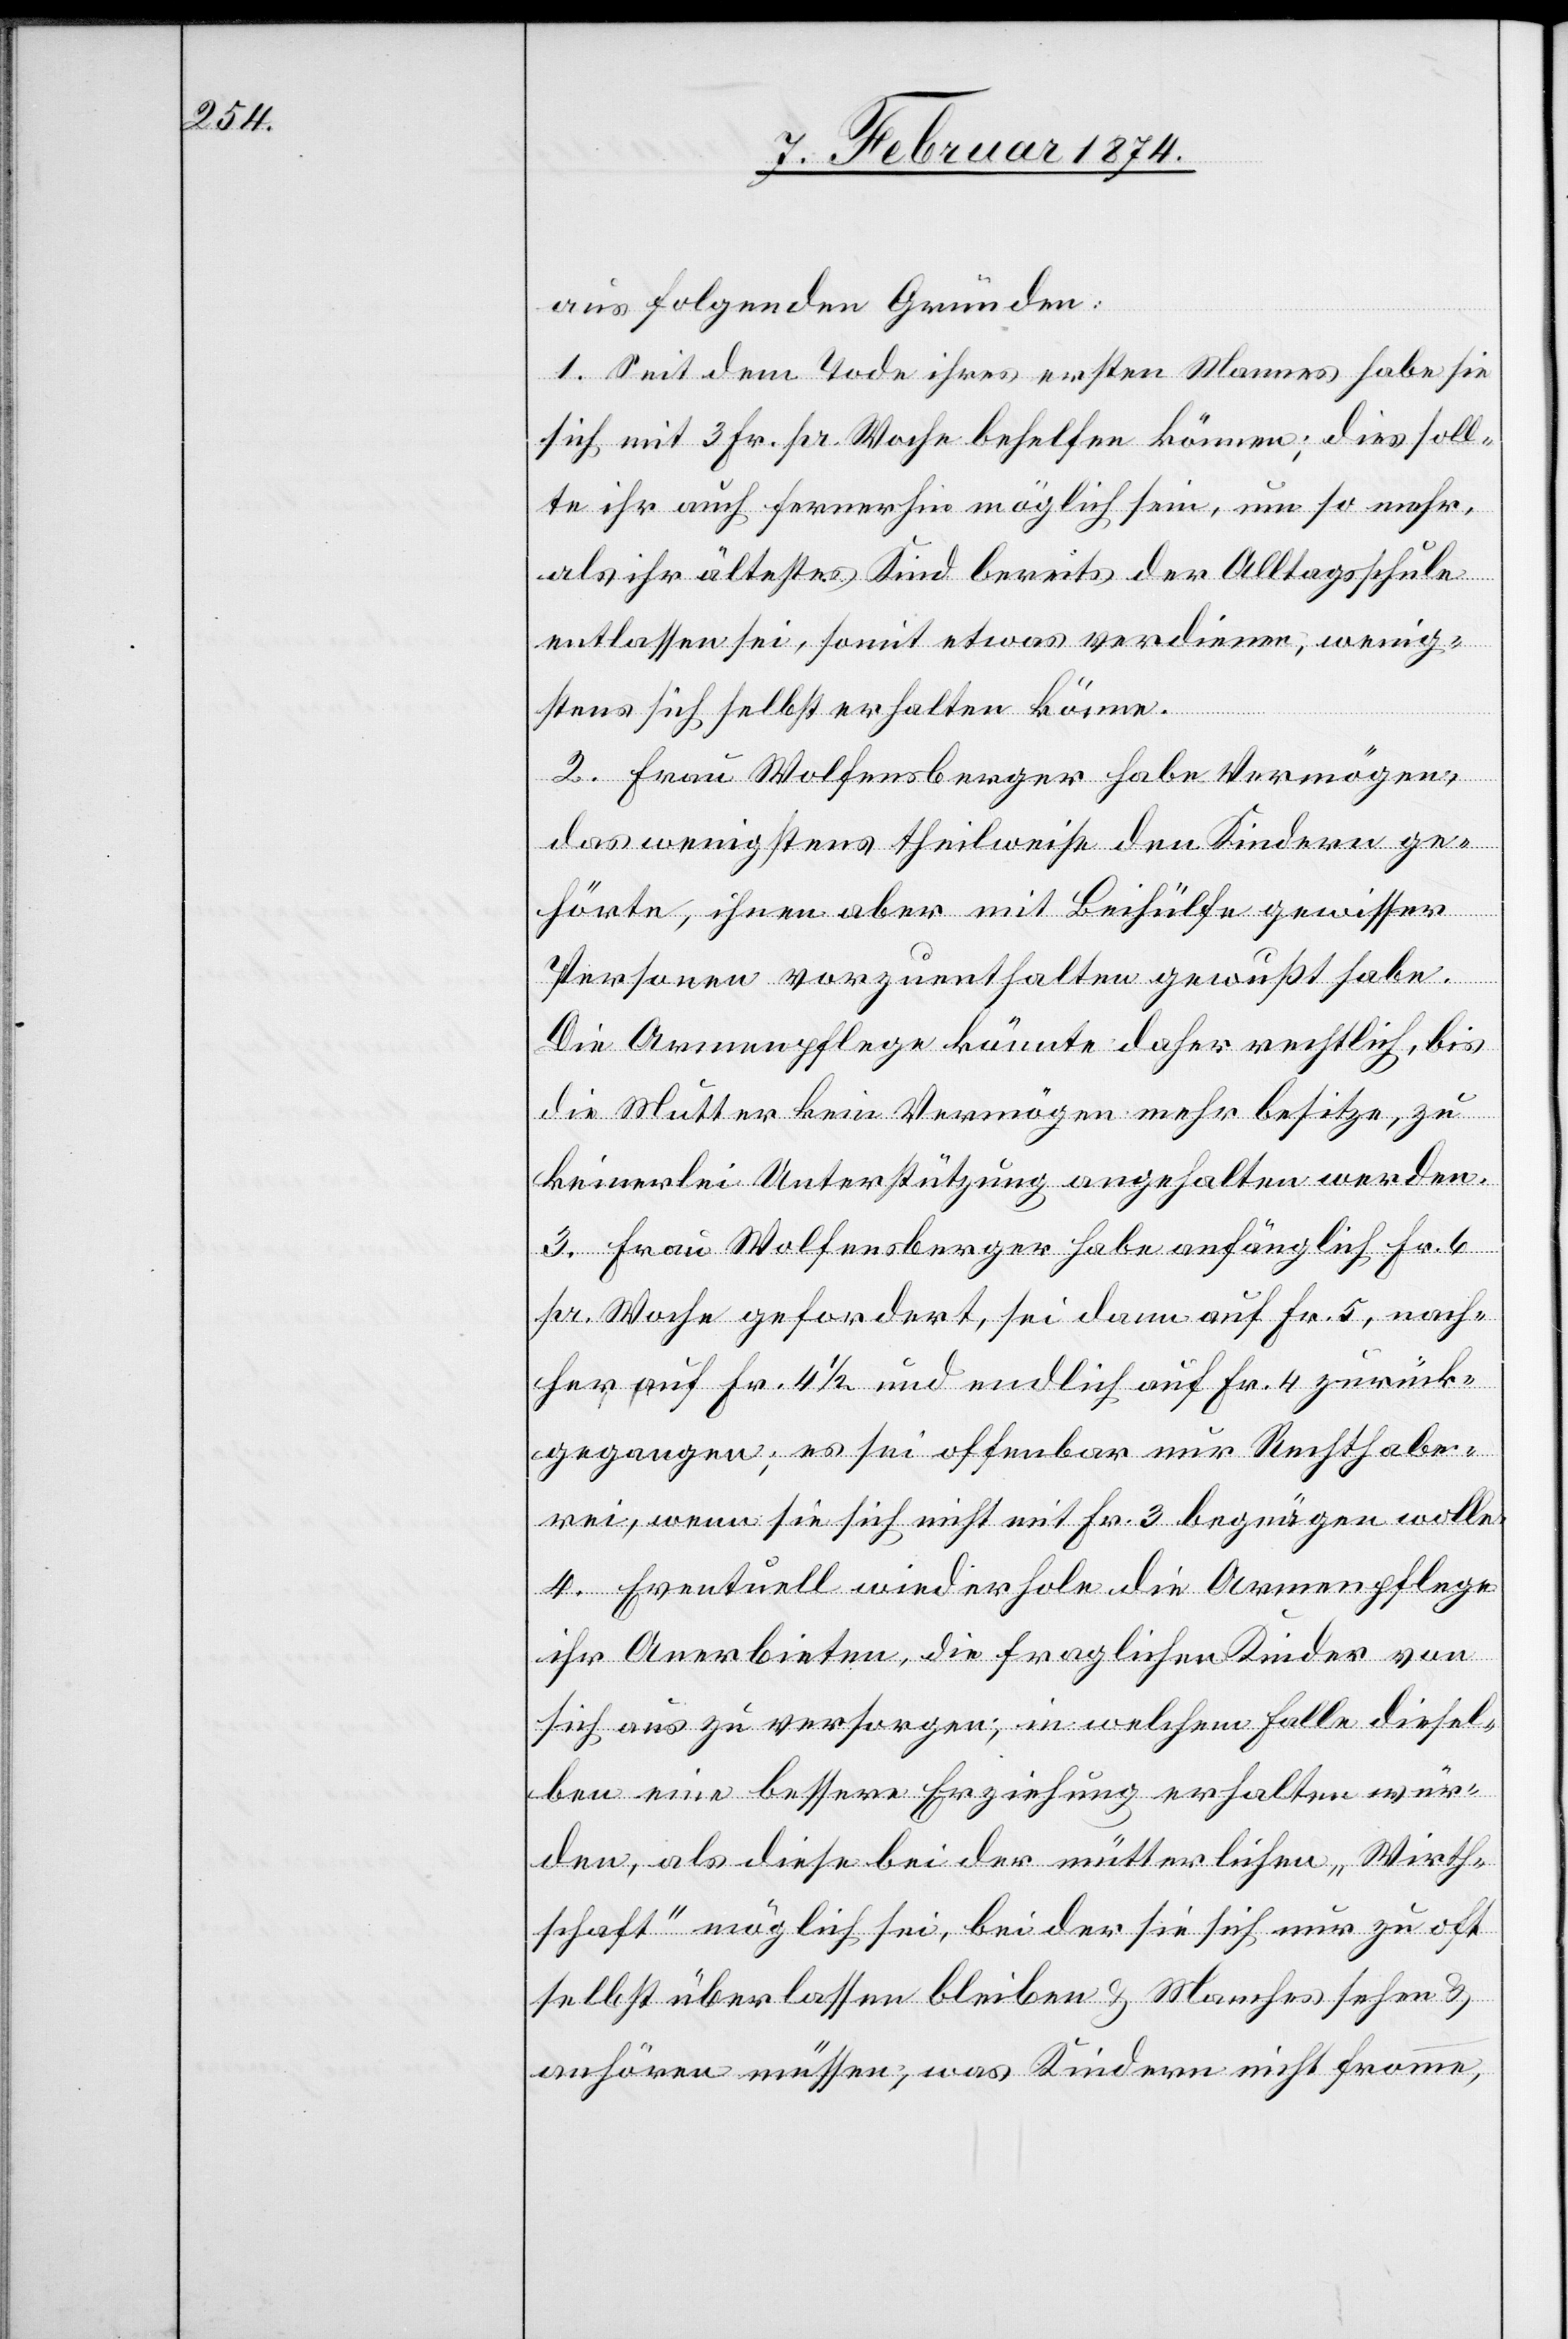
aus folgenden Gründen:
1. Seit dem Tode ihres ersten Mannes habe sie
sich mit 3 Fr. pr. Woche behelfen können; dies soll¬
te ihr auch fernerhin möglich sein, um so mehr,
als ihr ältestes Kind bereits der Alltagsschule
entlassen sei, somit etwas verdienen, wenig¬
stens sich selbst erhalten könne.
2. Frau Wolfensberger habe Vermögen
das wenigstens theilweise den Kindern ge¬
hörte, ihnen aber mit Beihülfe gewisser
Personen vorzuenthalten gewußt habe.
Die Armenpflege könnte daher rechtlich, bis
die Mutter kein Vermögen mehr besitze, zu
keinerlei Unterstützung angehalten werden.
3. Frau Wolfensberger habe anfänglich Fr. 6
pr. Woche gefordert, sei dann auf Fr. 5, nach¬
her auf Fr. 4 1/2 und endlich auf Fr. 4 zurück¬
gegangen, es sei offenbar nur Rechthabe¬
rei, wenn sie sich nicht mit Fr. 3 begnügen wolle.
4. Eventuell wiederhole die Armenpflege
ihr Anerbieten, die fraglichen Kinder von
sich aus zu versorgen; in welchem Falle diesel¬
ben eine bessere Erziehung erhalten wür¬
den, als diese bei der mütterlichen „Wirth¬
schaft“ möglich sei, bei der sie sich nur zu oft
selbst überlassen bleiben u. Manches sehen u.
anhören müssen, was Kindern nicht fromme,